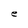
Character: e